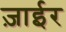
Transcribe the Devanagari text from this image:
ज़ाईर